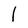
Character: l